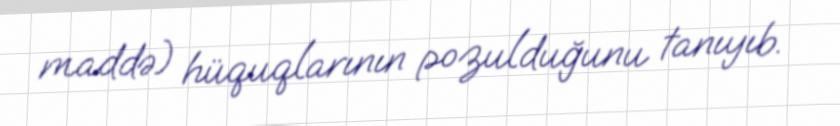
maddə) hüquqlarının pozulduğunu tanıyıb.